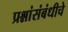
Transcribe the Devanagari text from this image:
प्रश्नांसंबंधीचे